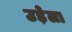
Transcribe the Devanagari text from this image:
उड़ेला